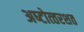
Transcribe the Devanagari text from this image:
अष्‍टोत्‍तरशत